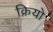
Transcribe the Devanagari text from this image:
क्रियो